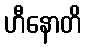
ဟီနောတိ